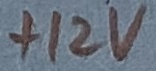
Text: +12V